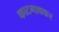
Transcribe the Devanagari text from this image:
काटगावकर